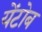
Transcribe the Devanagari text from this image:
येंटोब